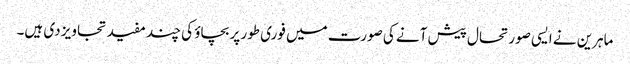
ماہرین نے ایسی صورتحال پیش آنے کی صورت میں فوری طور پر بچاؤ کی چند مفید تجاویز دی ہیں۔